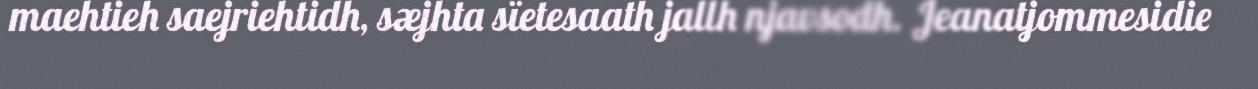
maehtieh saejriehtidh, sæjhta sïetesaath jallh njavsodh. Jeanatjommesidie